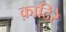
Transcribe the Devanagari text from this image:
क़ादिरे